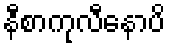
နီစာကုလီနောပိ